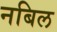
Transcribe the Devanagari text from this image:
नबिल